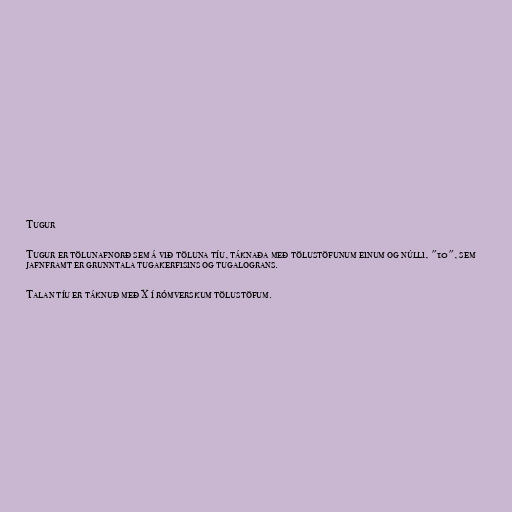
Tugur

Tugur er tölunafnorð sem á við töluna tíu, táknaða með tölustöfunum einum og núlli, "10", sem
jafnframt er grunntala tugakerfisins og tugalograns.

Talan tíu er táknuð með X í rómverskum tölustöfum.